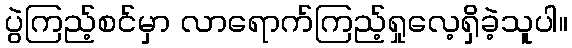
ပွဲကြည့်စင်မှာ လာရောက်ကြည့်ရှုလေ့ရှိခဲ့သူပါ။